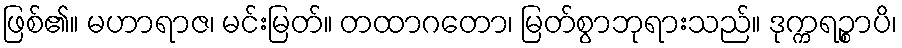
ဖြစ်၏။ မဟာရာဇ၊ မင်းမြတ်။ တထာဂတော၊ မြတ်စွာဘုရားသည်။ ဒုက္ကရဉ္စာပိ၊